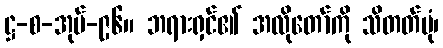
ဋ္ဌ-စ-အုပ်-၉၆။ ဘရားရှင်၏ အလိုတော်ကို သိတတ်ပုံ၊